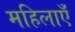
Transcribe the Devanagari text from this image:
महिलाएंँ